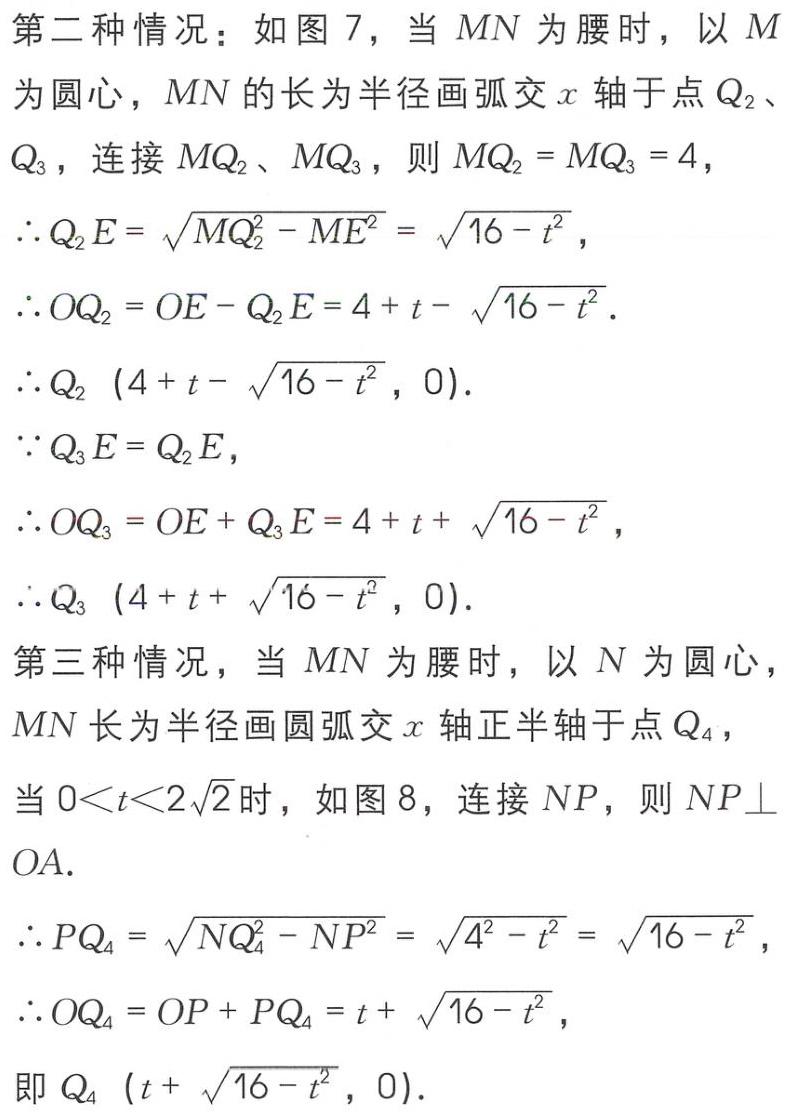
第二种情况：如图 7，当 \(MN\) 为腰时，以 \(M\) 为圆心，\(MN\) 的长为半径画弧交 \(x\) 轴于点 \(Q_2\)、\(Q_3\)，连接 \(MQ_2\)、\(MQ_3\)，则 \(MQ_2 = MQ_3 = 4\)，

\(\therefore Q_2E=\sqrt{MQ_2^{2}-ME^{2}}=\sqrt{16 - t^{2}}\)，

\(\therefore OQ_2 = OE - Q_2E=4 + t-\sqrt{16 - t^{2}}\)．

\(\therefore Q_2\left(4 + t-\sqrt{16 - t^{2}},0\right)\)．

\(\because Q_3E = Q_2E\)，

\(\therefore OQ_3 = OE + Q_3E=4 + t+\sqrt{16 - t^{2}}\)，

\(\therefore Q_3\left(4 + t+\sqrt{16 - t^{2}},0\right)\)．

第三种情况，当 \(MN\) 为腰时，以 \(N\) 为圆心，\(MN\) 长为半径画圆弧交 \(x\) 轴正半轴于点 \(Q_4\)，

当 \(0 < t < 2\sqrt{2}\) 时，如图 8，连接 \(NP\)，则 \(NP\perp OA\)．

\(\therefore PQ_4=\sqrt{NQ_4^{2}-NP^{2}}=\sqrt{4^{2}-t^{2}}=\sqrt{16 - t^{2}}\)，

\(\therefore OQ_4 = OP + PQ_4=t+\sqrt{16 - t^{2}}\)，

即 \(Q_4\left(t+\sqrt{16 - t^{2}},0\right)\)．